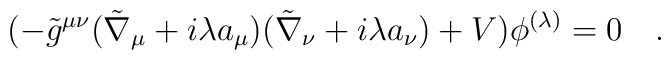
(-\tilde{g}^{\mu\nu} (\tilde{\nabla}_\mu+i\lambda a_\mu) (\tilde{\nabla}_\nu+i\lambda a_\nu)+V)\phi^{(\lambda)}=0~~~.